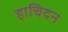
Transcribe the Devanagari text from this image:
हाचिदन